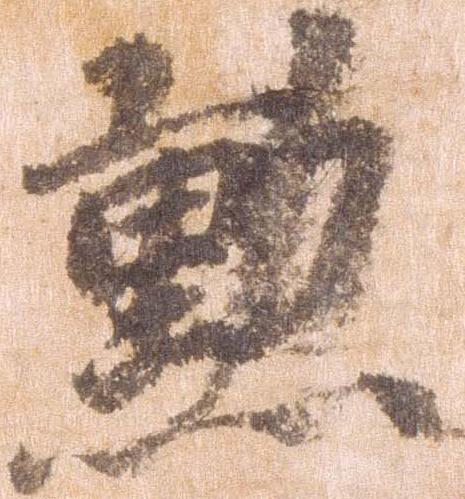
勲